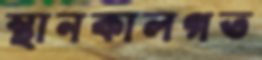
স্থানকালগত